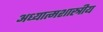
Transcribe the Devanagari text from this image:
अध्यात्मशास्त्रीय